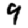
Digit: 9